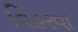
વિહરવા